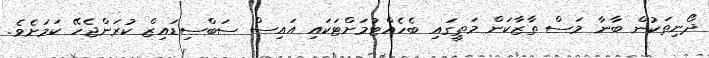
ދޯނިތަކުން ބާނާ މަސް ތާޒާކަން މަތީގައި ބެހެއްޓުމަށްޓަކައި އައިސް ސަބްސިޑައިޒް ކުރަންޖެހޭ ކަމަށެވެ.